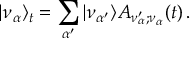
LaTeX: | \nu _ { \alpha } \rangle _ { t } = \sum _ { \alpha ^ { \prime } } | \nu _ { \alpha ^ { \prime } } \rangle { \cal A } _ { \nu _ { \alpha } ^ { \prime } ; { \nu _ { \alpha } } } ( t ) \, .